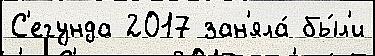
С'егунда 2017 зан'яла́ бы́л'и